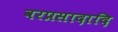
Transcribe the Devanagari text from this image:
वरप्रसादादि